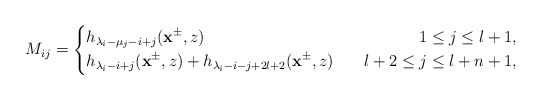
\begin{align*}M_{ij}=\left\{\begin{aligned}&h_{\lambda_i-\mu_j-i+j}(\mathbf{x}^{\pm},z)~~&~~1\leq j\leq l+1,\\&h_{\lambda_i-i+j}(\mathbf{x}^{\pm},z)+h_{\lambda_i-i-j+2l+2}(\mathbf{x}^{\pm},z)~&~~l+2\leq j\leq l+n+1,\end{aligned}\right.\end{align*}